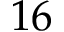
1 6